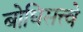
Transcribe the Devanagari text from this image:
बोधिसत्त्वे